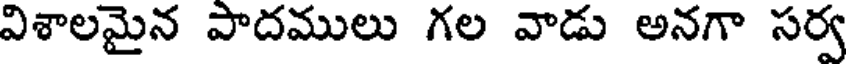
విశాలమైన పాదములు గల వాడు అనగా సర్వ